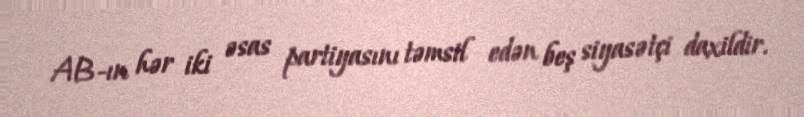
AB-ın hər iki əsas partiyasını təmsil edən beş siyasətçi daxildir.